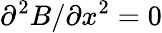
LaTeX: \partial^{2}B/\partial x^{2}=0